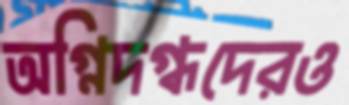
অগ্নিদগ্ধদেরও